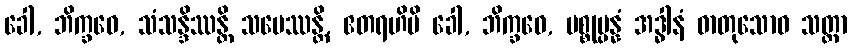
ခေါ, ဘိက္ခဝေ, သံသန္ဒိဿန္တိ သမေဿန္တိ, ဧတရဟိပိ ခေါ, ဘိက္ခဝေ, ပစ္စုပ္ပန္နံ အဒ္ဓါနံ ဓာတုသောဝ သတ္တာ